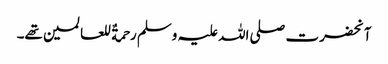
آنحضرت صلی اللہ علیہ وسلم رحمةٌ للعالمین تھے۔